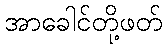
အာခေါင်တို့ဖတ်